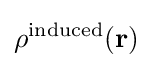
\rho ^{\text{induced}}(\mathbf {r} )